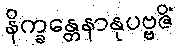
နိက္ခန္တေနာနုပဗ္ဗဇိံ